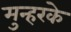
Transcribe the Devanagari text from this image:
मुन्हरके